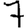
Digit: 7